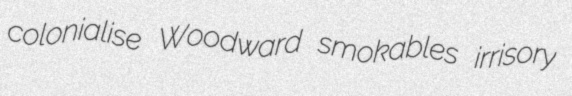
colonialise Woodward smokables irrisory